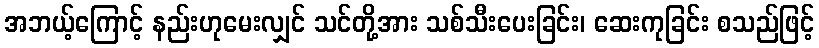
အဘယ့်ကြောင့် နည်းဟုမေးလျှင် သင်တို့အား သစ်သီးပေးခြင်း၊ ဆေးကုခြင်း စသည်ဖြင့်